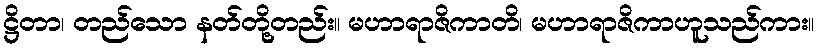
ဋ္ဌိတာ၊ တည်သော နတ်တို့တည်း။ မဟာရာဇိကာတိ၊ မဟာရာဇိကာဟူသည်ကား။